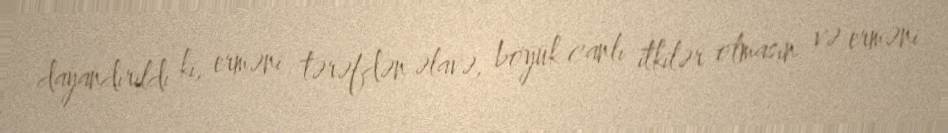
dayandırıldı ki, erməni tərəfdən əlavə, böyük canlı itkilər olmasın və erməni